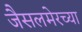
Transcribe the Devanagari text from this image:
जैसलमेरच्या